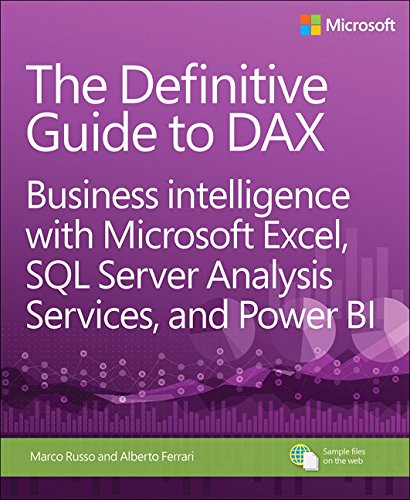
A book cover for The Definitive Guide to DAX: Business intelligence with Microsoft Excel, SQL Server Analysis Services, and Power BI (Business Skills); Alberto Ferrari; Computers & Technology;